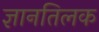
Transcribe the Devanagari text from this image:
ज्ञानतिलक